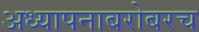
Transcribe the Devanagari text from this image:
अध्यापनाबरोबरच